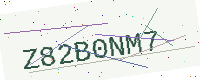
Text: Z82B0NM7